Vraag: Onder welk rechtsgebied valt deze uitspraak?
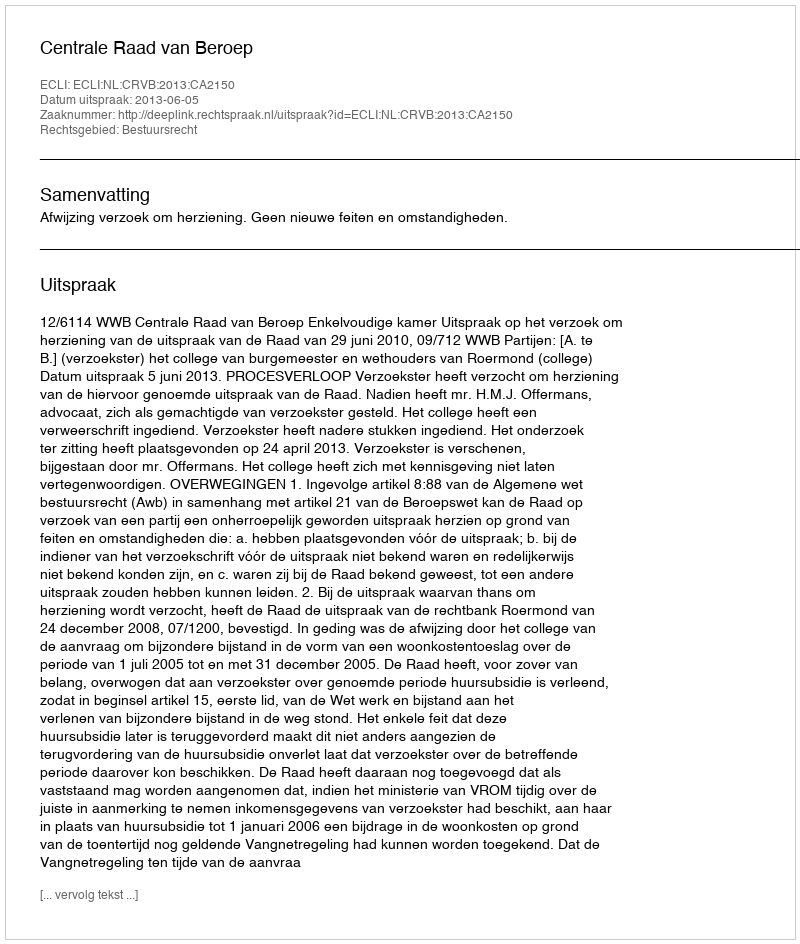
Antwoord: Bestuursrecht